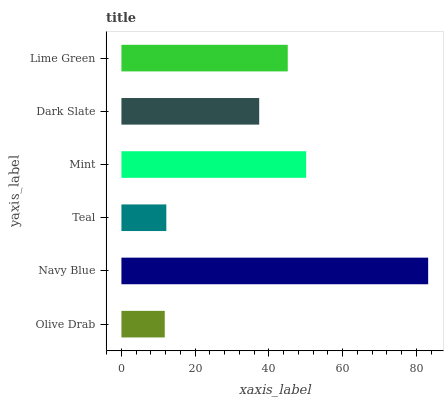
| yaxis_label | bars |
 | --- | --- |
 | Olive Drab | 11.8 |
 | Navy Blue | 83.2 |
 | Teal | 12.2 |
 | Mint | 50.1 |
 | Dark Slate | 37.4 |
 | Lime Green | 45.1 |